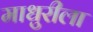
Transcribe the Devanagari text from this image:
माधुरीला